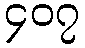
၄၀၇